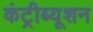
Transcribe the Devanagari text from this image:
कंट्रीब्यूशन